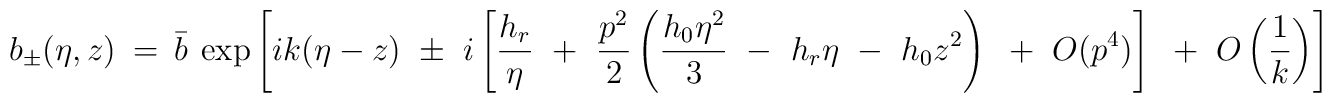
b_{\pm} (\eta,z) ~=~ \bar{b}~ \exp \left[ i k ( \eta - z ) ~\pm~ i \left[ \frac {h_{r}} \eta ~+~ \frac{p^{2}}{2} \left( \frac{h_{0} \eta^2}{3} ~-~ h_{r} \eta ~-~ h_{0} z^2 \right) ~+~ O(p^4) \right] ~+~ O\left(\frac 1 k \right) \right]